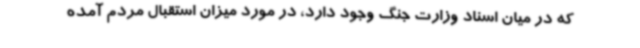
که در میان اسناد وزارت جنگ وجود دارد، در مورد میزان استقبال مردم آمده